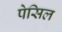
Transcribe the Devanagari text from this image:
पेसिल